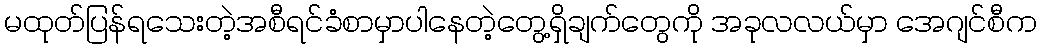
မထုတ်ပြန်ရသေးတဲ့အစီရင်ခံစာမှာပါနေတဲ့တွေ့ရှိချက်တွေကို အခုလလယ်မှာ အေဂျင်စီက